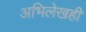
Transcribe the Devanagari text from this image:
अभिलेखही